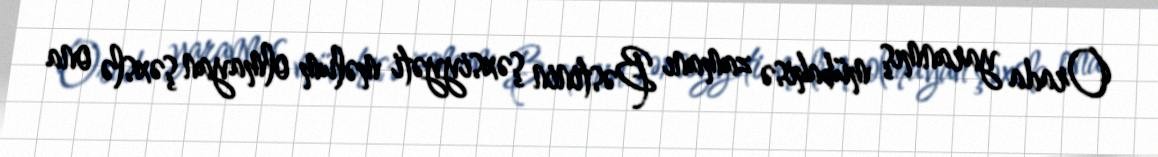
Orada yaranmış mübahisə zamanı Bəstinin şəxsiyyəti məlum olmayan şəxslə ona